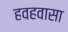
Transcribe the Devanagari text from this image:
हवहवासा